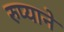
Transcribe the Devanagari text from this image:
रुप्याने